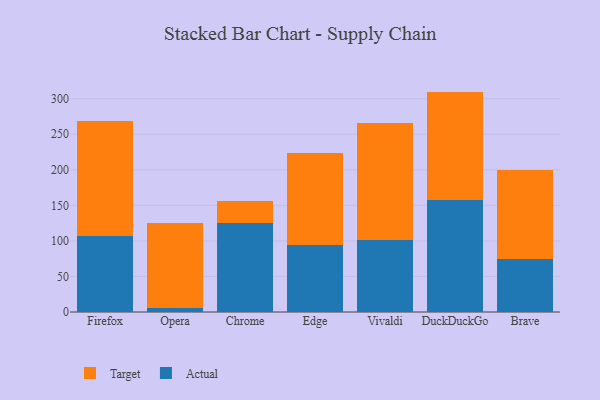
{"axis": {"x": "Browser", "y": "Demand Index"}, "legend": ["Actual", "Target"], "data": [{"x": "Firefox", "y": 106.6, "type": "Actual"}, {"x": "Firefox", "y": 161.8, "type": "Target"}, {"x": "Opera", "y": 5.8, "type": "Actual"}, {"x": "Opera", "y": 120.0, "type": "Target"}, {"x": "Chrome", "y": 124.8, "type": "Actual"}, {"x": "Chrome", "y": 31.2, "type": "Target"}, {"x": "Edge", "y": 94.8, "type": "Actual"}, {"x": "Edge", "y": 128.8, "type": "Target"}, {"x": "Vivaldi", "y": 101.8, "type": "Actual"}, {"x": "Vivaldi", "y": 164.6, "type": "Target"}, {"x": "DuckDuckGo", "y": 157.4, "type": "Actual"}, {"x": "DuckDuckGo", "y": 152.6, "type": "Target"}, {"x": "Brave", "y": 74.4, "type": "Actual"}, {"x": "Brave", "y": 125.6, "type": "Target"}]}